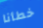
خطأنا